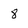
Character: 8